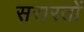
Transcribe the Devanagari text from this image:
सरारतों